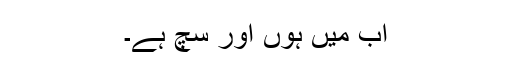
اب میں ہوں اور سچ ہے۔